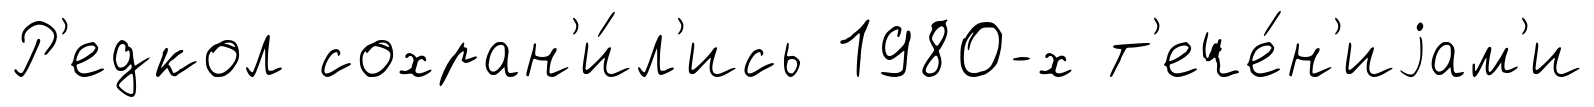
Р'едкол сохран'и́л'ись 1980-х т'ече́н'иjам'и